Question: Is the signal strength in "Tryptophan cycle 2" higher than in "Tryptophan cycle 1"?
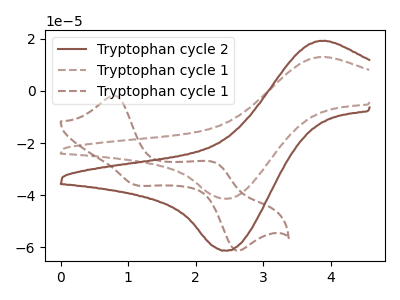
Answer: <think>The brown curve "Tryptophan cycle 2" has an anodic peak at (3.80V, 19.05uA) and a cathodic peak at (2.45V, -61.15uA). The brown dashed curve "Tryptophan cycle 1" has an anodic peak at (3.80V, 12.85uA) and a cathodic peak at (2.45V, -41.30uA). The brown dashed curve "Tryptophan cycle 1" has anodic peaks at (0.80V, -1.85uA) (2.30V, -27.85uA) and cathodic peaks at (1.10V, -35.95uA) (2.60V, -61.00uA).
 All the peaks in "Tryptophan cycle 2" have a peak in "Tryptophan cycle 1" at the same potential. Every peak in "Tryptophan cycle 2" is higher than every peak in "Tryptophan cycle 1".</think>
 <answer>"Tryptophan cycle 2" has more signal than "Tryptophan cycle 1".</answer>
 <eval>more_signal</eval>